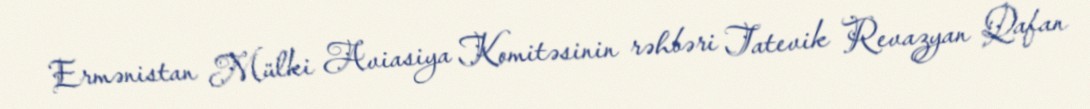
Ermənistan Mülki Aviasiya Komitəsinin rəhbəri Tatevik Revazyan Qafan